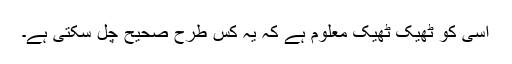
اسی کو ٹھیک ٹھیک معلوم ہے کہ یہ کس طرح صحیح چل سکتی ہے۔